Civil Veterinary Department Bihar reports 1940-50 - 1940-1950
Year: 1940
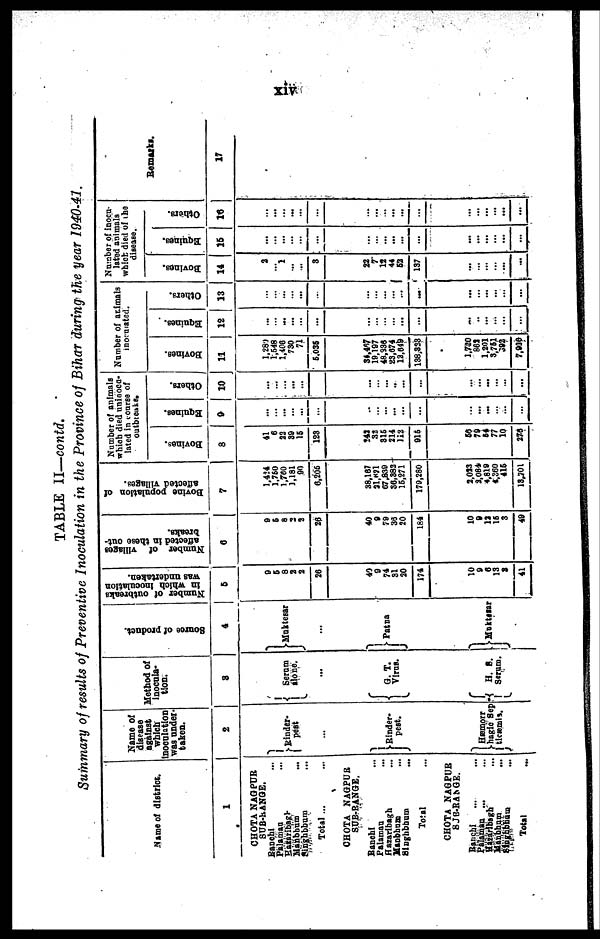
xiv
TABLE II—contd.
Summary of results of Preventive Inoculation in the Province of Bihar during the year 1940-41.
Name of district.
1
CHOTA NAGPUR
SUB-RANGE.
Ranchi …
Palamau …
Hazaribagh
Manbhum …
Singhbhum …
Total ... …
CHOTA NAGPUR
SUB-RANGE.
Ranchi …
Palaman …
Hazaribagh …
Manbhum …
Singhbhum
...
Total …
CHOTA NAGPUR
SUB-RANGE.
Ranchi … …
Palamau ... …
Hazaribagh …
Manbhum …
Singhbhum …
Total …
Name of
disease
against
which
inoculation
was under-
taken.
2
Rinder-
pest
…
Rinder-
hagic Sep
ticæmis.
Method of
inocula-
tion.
3
Serum
alone.
...
G. T.
Virus.
H. S.
Serum.
Source of product.
4
Muktesar
…
Patna
Muktesar
Number of outbreaks
in
which inoculation
was undertaken.
5
9
6
8
2
2
26
40
9
74
31
20
174
10
9
6
13
3
41
Number of villages
affected in these out-
breaks.
6
9
5
8
2
2
26
40
9
79
36
20
184
10
9
12
16
3
49
Bovine population of
affected villages.
7
1,424
1,760
1,760
1,181
90
6,206
38,167
21,621
67,830
36,382
16,271
170,280
2,023
3,084
4,819
4,360
416
13,701
Number of animals
which died uninocu-
lated in course of
outbreaks.
Bovines.
8
41
6
23
39
16
123
242
32
316
214
112
916
66
79
64
77
10
276
Equines.
9
…
…
...
…
...
…
…
…
…
…
…
…
…
...
...
…
…
…
Others.
10
...
...
…
...
…
…
…
…
…
…
…
…
…
…
...
…
…
...
Number of animals
inoculated.
Bovines.
11
1,28)
1,648
1,406
730
71
5,035
34,467
19,197
48,336
23,674
12,649
138,333
1,730
862
1,201
3,761
592
7,936
Equines.
12
…
…
...
…
…
…
…
…
…
…
...
…
…
…
…
…
…
…
Others.
13
…
…
…
…
...
…
…
…
… ...
...
…
...
…
...
…
…
…
Number of inocu-
lated animals
which died of the
disease.
Bovines.
14
2
… 1
…
…
3
22
7
12
44
62
137
…
...
…
…
…
…
Equines.
15
...
…
...
…
…
…
…
…
…
...
…
…
...
...
...
...
…
Others.
16
…
...
…
…
…
…
…
...
…
...
...
…
…
...
...
...
...
…
Remarks.
17